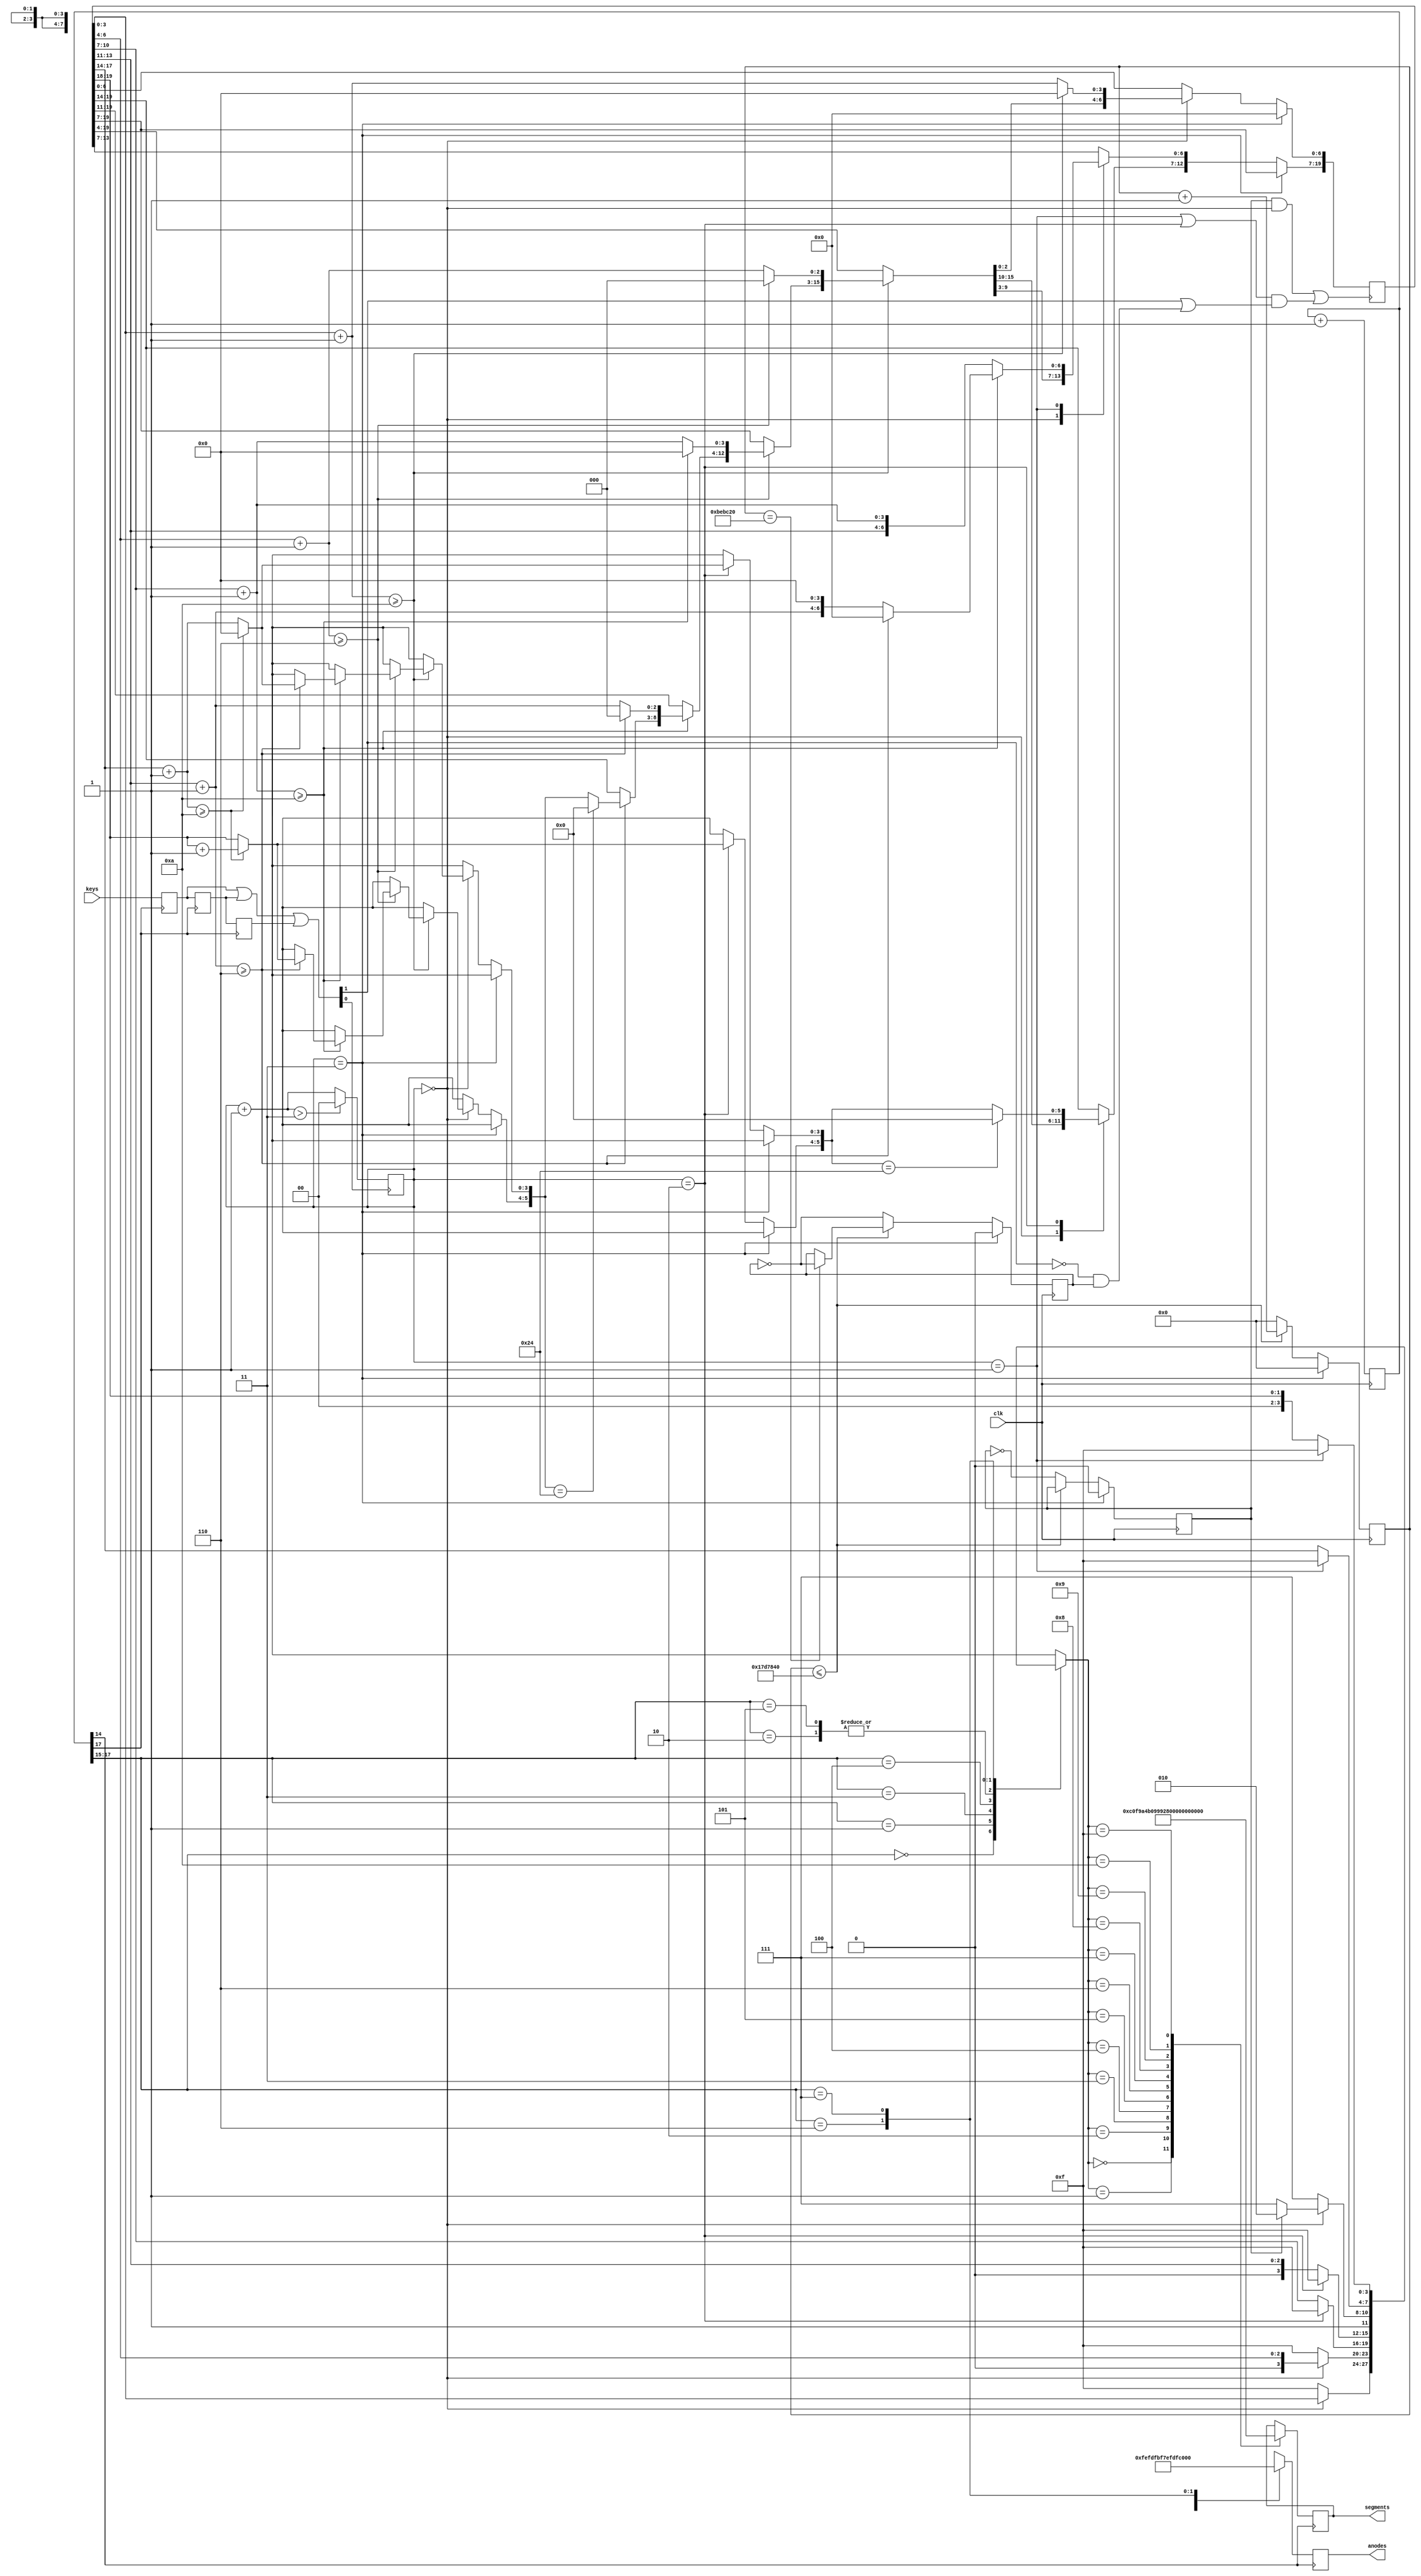
// 24 hour clock

module clock(
	input						clk,						// 50 MHz - 20 ns
	input		[1:0]			keys,						// keys[0] = function key (K4) / keys[1] = up key (K5) - Active low
	
	output	reg	[7:0]	anodes,					// Active low
	output	reg	[7:0]	segments					// Active low
);

	reg	[19:0]	t;									// Time
															// [3:0] Sec (0 - 9)
															// [6:4] Sec x 10 (0 - 5)
															// [10:7] Min (0 - 9)
															// [13:11] Min x 10 (0 - 5)
															// [17:14] Hr (0 - 9)
															// [19:18] Hr x 10 (0 - 2)
															
	reg	[24:0]	counter;							// Enough to count up to 25000000 (half_second and quarter_second clocks)
	reg				half_sec;						// Half second (for the clock)
	reg				quarter_sec;					// Quarter second (to set mins and hrs)
	
	reg	[17:0]	counter_mux;					// Free running counter used for 7-seg mux and keys debouncing
	reg	[3:0]		display;							// Current digit value to display
	reg	[1:0]		deb1, deb2, deb3;				// Debounce registers
	wire	[1:0]		keys_d;							// Debounced keys
	
	reg	[1:0]		fsm;								// Finite state machine status

	wire				inc_time;						// Increment t (partly or in a whole, depending on the status - fsm) on neg edge
	
	`define	STATUS_RUN			2'b00
	`define	STATUS_SET_MIN		2'b01
	`define	STATUS_SET_HR		2'b10
	`define	STATUS_PREVIEW		2'b11

	initial
	begin
		anodes = 8'b11111111;
		segments = 8'b11111111;
//		t = 20'b10_0011__101_1000__100_0110;		// Initial value 2 3 - 5 8 - 4 6
	end

	// Keys debounce (approx 15 ms)
	
	always @ (posedge counter_mux[17])	// Every 131072 x 40 ns = 5.24... ms
	begin
		deb1 <= keys;
		deb2 <= deb1;
		deb3 <= deb2;
	end
	
	assign keys_d = (deb1 | deb2 | deb3);

	// Function key FSM

	always @ (negedge keys_d[0])	// Function key pressed
	begin
		fsm = fsm + 2'd1;		
		if (fsm > `STATUS_PREVIEW)
		begin
			fsm = `STATUS_RUN;
		end
	end
	
	// Mux and debounce counter - Free running
	
	always @ (posedge clk)
	begin
		counter_mux <= counter_mux + 1'b1;
	end

	// Every 655360 ns (0.65... ms) = 16384 x 40 ns,
	// check value of the "digit counter" (3 bits higher = 8),
	// set the current display value, set anodes and segments accordingly
	
	// Note the blocking statements (=) to ensure the assignements are done sequentially
	
	always @ (posedge counter_mux[14])
	begin
		case(counter_mux[17:15])
			3'd0 : begin	display = (fsm == `STATUS_RUN ? t[3:0] : 4'd15);								anodes = 8'b11111110;		end
			3'd1 : begin	display = (fsm == `STATUS_RUN ? {1'b0, t[6:4]} : 4'd15);						anodes = 8'b11111101;		end
			3'd2 : begin	display = (fsm == `STATUS_RUN ? (half_sec ? 4'd10 : 4'd15) : 4'd15);		anodes = 8'b11111011;		end	// 10 stands for "-" / 15 stands for blank
			3'd3 : begin	display = (fsm == `STATUS_SET_HR ? 4'd15 : t[10:7]);							anodes = 8'b11110111;		end
			3'd4 : begin	display = (fsm == `STATUS_SET_HR ? 4'd15 : {1'b0, t[13:11]});				anodes = 8'b11101111;		end
			3'd5 : begin	display = (fsm == `STATUS_RUN ? (half_sec ? 4'd10 : 4'd15) : 4'd15);		anodes = 8'b11011111;		end	// 10 stands for "-" / 15 stands for blank
			3'd6 : begin	display = (fsm == `STATUS_SET_MIN ? 4'd15 : t[17:14]);						anodes = 8'b10111111;		end
			3'd7 : begin	display = (fsm == `STATUS_SET_MIN ? 4'd15 : {2'b00, t[19:18]});			anodes = 8'b01111111;		end
		endcase

		case(display)
			4'd0 : segments = 8'b11000000;	// --fedcba
			4'd1 : segments = 8'b11111001;	// -----cb-
			4'd2 : segments = 8'b10100100;	// -g-ed-ba
			4'd3 : segments = 8'b10110000;	// -g--dcba
			4'd4 : segments = 8'b10011001;	// -gf--cb-
			4'd5 : segments = 8'b10010010;	// -gf-dc-a
			4'd6 : segments = 8'b10000010;	// -gfedc-a
			4'd7 : segments = 8'b11111000;	// -----cba
			4'd8 : segments = 8'b10000000;	// -gfedcba
			4'd9 : segments = 8'b10010000;	// -gf-dcba
			4'd10 : segments = 8'b10111111;	// -g------
			4'd15 : segments = 8'b11111111;	// Blank
		endcase
	end

	// Half-second and Quarter-second counter
	
	always @ (posedge clk)
	if (fsm == `STATUS_PREVIEW)	// Reset counter, half_sec and quarter_sec clocks
	begin
		counter <= 25'd0;
		half_sec <= 1'b0;
		quarter_sec <= 1'b0;
	end
	else
	begin
		if (counter == 12500000)
			quarter_sec <= ~ quarter_sec;
		if (counter <= 25000000)
		begin
			counter <= counter + 25'd1;
		end
		else
		begin
			counter <= 25'd0;
			half_sec <= ~half_sec;
			quarter_sec <= ~ quarter_sec;
		end
	end
	
	// Clock time and Display updates
	
	// For every 1/2 sec edge and up key keys_d[1] action when setting time 

	assign inc_time = ((half_sec & (fsm == `STATUS_RUN))	// Half second when clock is running
							| ((fsm == `STATUS_SET_MIN | fsm == `STATUS_SET_HR) & (keys_d[1] | (!keys_d[1] & quarter_sec) )));
	
	// Note the blocking statements (=) to ensure the assignements are done sequentially

	always @ (negedge inc_time)
	if (fsm == `STATUS_PREVIEW)	// Reset seconds
	begin
		t[6:0] <= 7'b0;
	end
	else
	begin
		case (fsm)
			`STATUS_RUN :	// Inc clock
				begin
					t[3:0] = t[3:0] + 4'd1;
					if (t[3:0] >= 4'd10)
					begin
						t[3:0] = 4'd0;
						t[6:4] = t[6:4] + 3'd1;
						if (t[6:4] >= 3'd6)
						begin
							t[6:4] = 3'd0;
							t[10:7] = t[10:7] + 4'd1;
							if (t[10:7] >= 4'd10)
							begin
								t[10:7] = 4'd0;
								t[13:11] = t[13:11] + 3'd1;
								if (t[13:11] >= 3'd6)
								begin
									t[13:11] = 3'd0;
									t[17:14] = t[17:14] + 4'd1;
									if (t[17:14] >= 4'd10)
									begin
										t[17:14] = 4'd0;
										t[19:18] = t[19:18] + 2'd1;
									end
									if (t[19:14] == 6'h24)
									begin
										t[19:14] = 6'd0;
									end
								end
							end
						end
					end
				end
			
			`STATUS_SET_HR :	// Inc hr only and reset when 24
				begin
					t[17:14] = t[17:14] + 4'd1;
					if (t[17:14] >= 4'd10)
					begin
						t[17:14] = 4'd0;
						t[19:18] = t[19:18] + 2'd1;
					end
					if (t[19:14] == 6'h24)
					begin
						t[19:14] = 6'd0;
					end
				end

			`STATUS_SET_MIN :	// Inc min only and reset when 60
				begin
					t[10:7] = t[10:7] + 4'd1;
					if (t[10:7] >= 4'd10)
					begin
						t[10:7] = 4'd0;
						t[13:11] = t[13:11] + 3'd1;
						if (t[13:11] >= 3'd6)
						begin
							t[13:7] = 7'd0;
						end
					end
				end	
				
		endcase
	end

endmodule